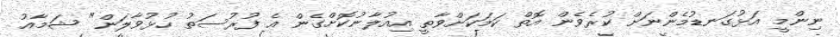
ނިންމީ އަޅުގަނޑުމެންނަށް ކުރެވެން އޮތް ކަމަކަށްވާތީ އިއުލާނުކޮށްގެން އެ ފުރުސަތު ހުޅުވާލަން" ޝަމާއު